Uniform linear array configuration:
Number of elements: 24
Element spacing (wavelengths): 0.25
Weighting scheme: blackman
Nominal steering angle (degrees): -30
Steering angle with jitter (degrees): -31.367
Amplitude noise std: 0.05
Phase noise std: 0.05

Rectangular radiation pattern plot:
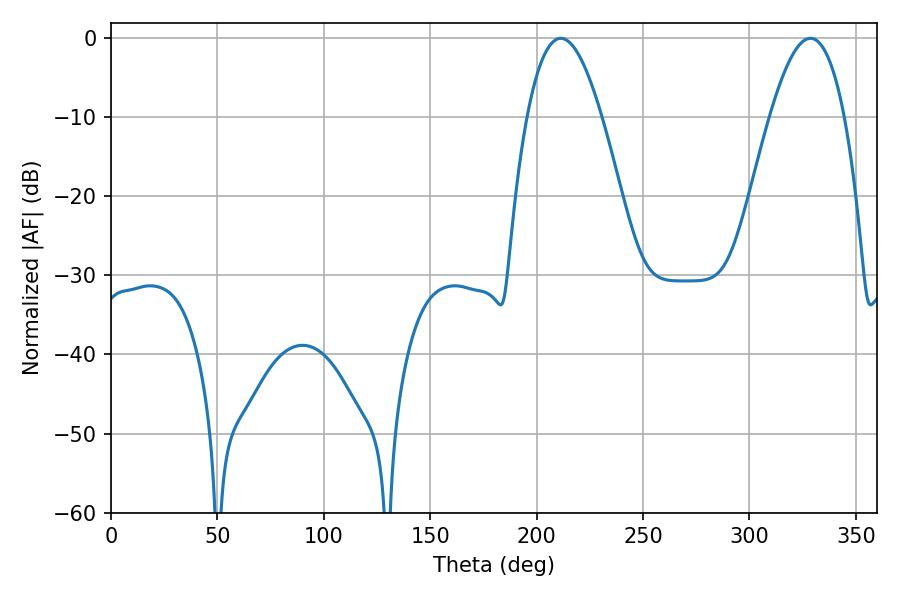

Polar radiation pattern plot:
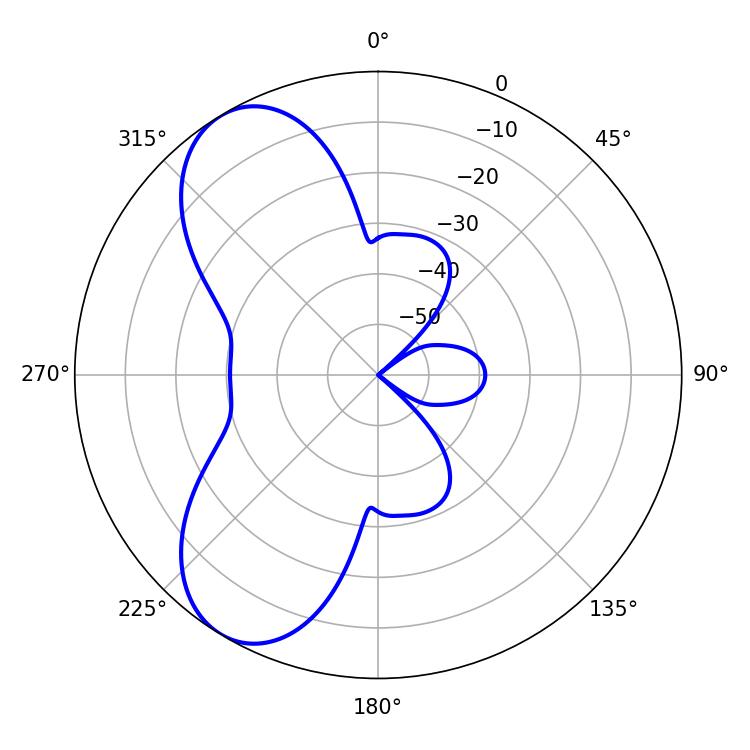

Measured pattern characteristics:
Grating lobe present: FALSE
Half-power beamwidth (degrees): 19.08
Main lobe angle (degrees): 211.32